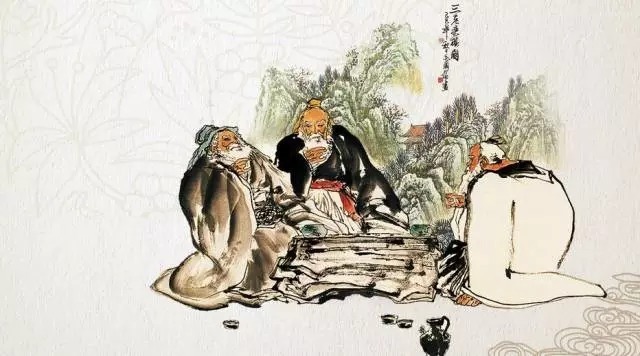
爱人者此为博焉，利人者此为厚焉。